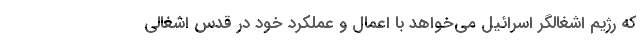
که رژیم اشغالگر اسرائیل می‌خواهد با اعمال و عملکرد خود در قدس اشغالی